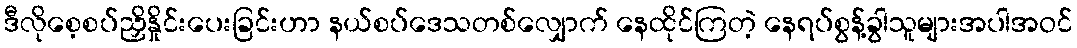
ဒီလိုစေ့စပ်ညှိနှိုင်းပေးခြင်းဟာ နယ်စပ်ဒေသတစ်လျှောက် နေထိုင်ကြတဲ့ နေရပ်စွန့်ခွါသူများအပါအဝင်